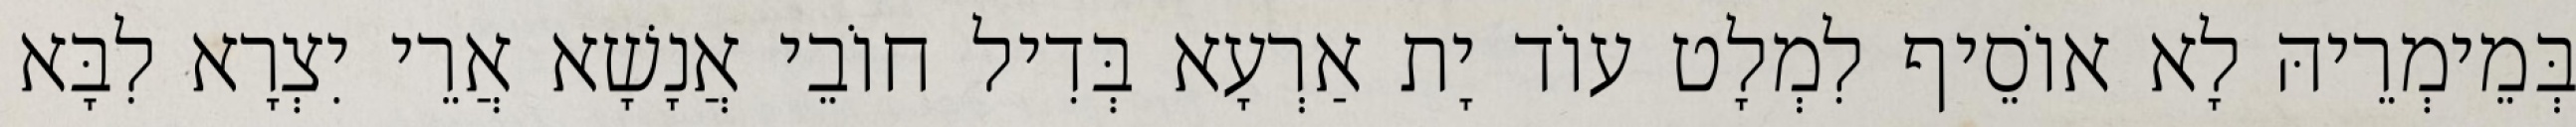
בְּמֵימְרֵיהּ לָא אוֹסֵיף לִמְלָט עוֹד יָת אַרְעָא בְּדִיל חוֹבֵי אֲנָשָׁא אֲרֵי יִצְרָא לִבָּא